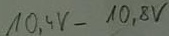
Text: 10,4V-10,8V